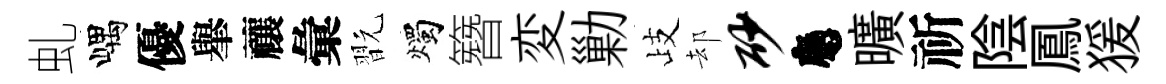
虬嵎優𦦙禳彙翫燭簪変勦歧却砂應曠祈陰鳳猨